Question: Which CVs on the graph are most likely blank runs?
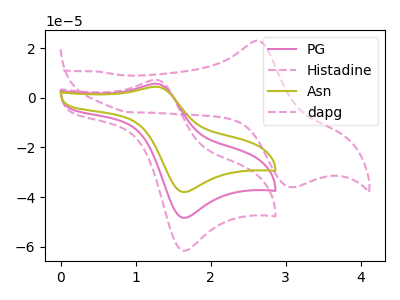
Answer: <think>The pink curve "PG" has an anodic peak at (1.25V, 5.70uA) and a cathodic peak at (1.65V, -48.35uA). The pink dashed curve "Histadine" has an anodic peak at (1.25V, 11.40uA) and a cathodic peak at (1.65V, -96.70uA). The olive curve "Asn" has an anodic peak at (1.25V, 4.45uA) and a cathodic peak at (1.65V, -37.95uA). The pink dashed curve "dapg" has an anodic peak at (2.60V, 23.05uA) and a cathodic peak at (3.10V, -36.00uA).</think>
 <answer>There are not any CV's on this graph that are likely to be blanks.</answer>
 <eval>none</eval>